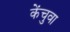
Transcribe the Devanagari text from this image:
केंचुवा